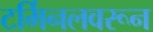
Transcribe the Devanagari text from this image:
टर्मिनलवरून